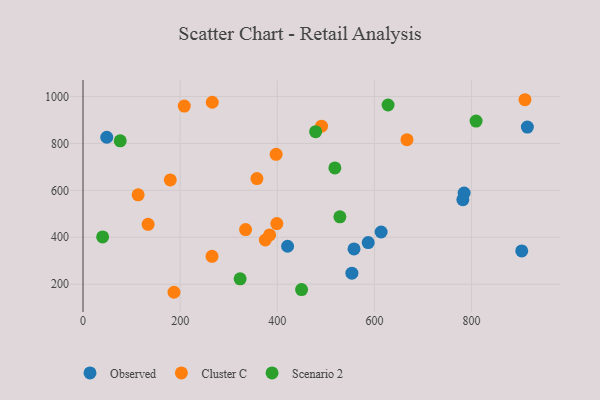
{"axis": {"x": "Ad Spend", "y": "Exam Score"}, "legend": ["Cluster C", "Observed", "Scenario 2"], "data": [{"x": "553.6", "y": 247.0, "type": "Observed"}, {"x": "914.9", "y": 869.7, "type": "Observed"}, {"x": "782.1", "y": 560.1, "type": "Observed"}, {"x": "613.8", "y": 422.3, "type": "Observed"}, {"x": "587.2", "y": 377.3, "type": "Observed"}, {"x": "558.0", "y": 350.0, "type": "Observed"}, {"x": "421.2", "y": 361.5, "type": "Observed"}, {"x": "903.3", "y": 341.7, "type": "Observed"}, {"x": "784.7", "y": 588.4, "type": "Observed"}, {"x": "48.9", "y": 826.1, "type": "Observed"}, {"x": "208.5", "y": 959.0, "type": "Cluster C"}, {"x": "113.5", "y": 580.6, "type": "Cluster C"}, {"x": "397.6", "y": 753.4, "type": "Cluster C"}, {"x": "399.1", "y": 458.4, "type": "Cluster C"}, {"x": "375.3", "y": 388.2, "type": "Cluster C"}, {"x": "491.1", "y": 873.4, "type": "Cluster C"}, {"x": "358.1", "y": 650.0, "type": "Cluster C"}, {"x": "334.7", "y": 432.8, "type": "Cluster C"}, {"x": "179.7", "y": 644.2, "type": "Cluster C"}, {"x": "909.9", "y": 986.1, "type": "Cluster C"}, {"x": "266.1", "y": 975.4, "type": "Cluster C"}, {"x": "187.3", "y": 165.4, "type": "Cluster C"}, {"x": "667.0", "y": 815.7, "type": "Cluster C"}, {"x": "134.0", "y": 454.9, "type": "Cluster C"}, {"x": "384.2", "y": 410.0, "type": "Cluster C"}, {"x": "265.6", "y": 318.8, "type": "Cluster C"}, {"x": "528.9", "y": 487.1, "type": "Scenario 2"}, {"x": "478.9", "y": 850.1, "type": "Scenario 2"}, {"x": "40.4", "y": 401.5, "type": "Scenario 2"}, {"x": "628.1", "y": 963.7, "type": "Scenario 2"}, {"x": "450.0", "y": 177.1, "type": "Scenario 2"}, {"x": "323.5", "y": 222.9, "type": "Scenario 2"}, {"x": "76.6", "y": 811.1, "type": "Scenario 2"}, {"x": "809.3", "y": 894.9, "type": "Scenario 2"}, {"x": "518.6", "y": 695.6, "type": "Scenario 2"}]}